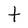
Character: t